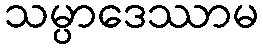
သမ္ပာဒေဿာမ